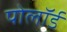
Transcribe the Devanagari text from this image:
पोलॉर्ड